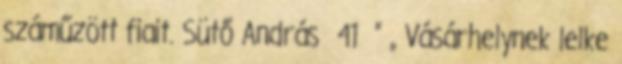
száműzött fiait. Sütő András 41 ” „ Vásárhelynek lelke